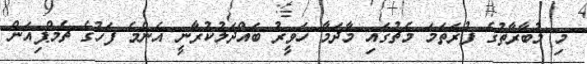
މި މުބާރާތުގެ ފުރަތަމަ މެޗުގައި މާދަމާ ހަވީރު ބައްދަލުކުރާނީ އެންމެ ފަހުގެ ޗެމްޕިއަން